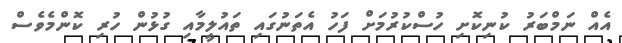
އެއް ނަމްބަރު ކުނިކޮށި ހުސްކުރުމަށް ފަހު އެތަނުގައި ތައުލީމާއި ގުޅުން ހުރި ކޮންމެވެސް